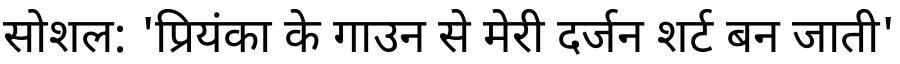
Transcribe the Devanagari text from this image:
सोशल: 'प्रियंका के गाउन से मेरी दर्जन शर्ट बन जाती'